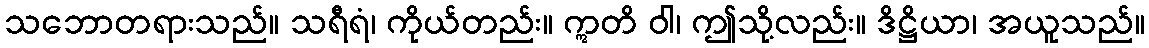
သဘောတရားသည်။ သရီရံ၊ ကိုယ်တည်း။ ဣတိ ဝါ၊ ဤသို့လည်း။ ဒိဋ္ဌိယာ၊ အယူသည်။